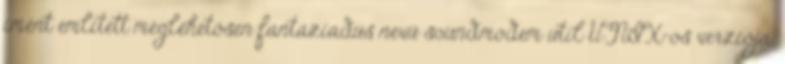
imént említett meglehetősen fantáziadús nevű soundmodem util UNIX-os verziója.